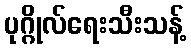
ပုဂ္ဂိုလ်ရေးသီးသန့်